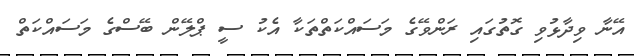
އޭނާ ވިދާޅުވި ގޮތުގައި ރަންވޭގެ މަސައްކަތްތަކާ އެކު ސީ ޕްލޭން ބޭސްގެ މަސައްކަތް